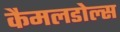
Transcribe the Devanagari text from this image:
कैमलडोल्स